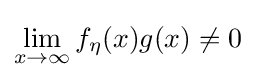
\lim _{x\rightarrow \infty }f_{\eta }(x)g(x)\not =0